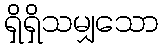
ရှိရှိသမျှသော